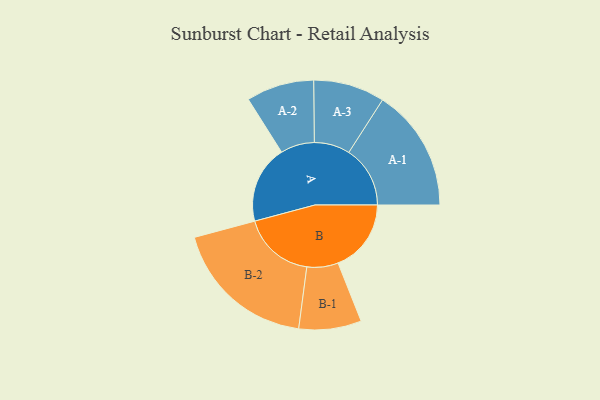
{"axis": {"x": "Segment", "y": "Value"}, "legend": ["", "A", "B"], "data": [{"x": "A", "y": 264, "type": ""}, {"x": "B", "y": 248, "type": ""}, {"x": "A-1", "y": 208, "type": "A"}, {"x": "A-2", "y": 115, "type": "A"}, {"x": "A-3", "y": 121, "type": "A"}, {"x": "B-1", "y": 106, "type": "B"}, {"x": "B-2", "y": 245, "type": "B"}]}